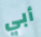
أبي